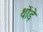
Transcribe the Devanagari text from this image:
थोंड़े